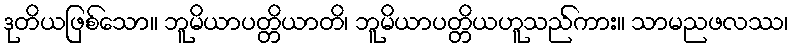
ဒုတိယဖြစ်သော။ ဘူမိယာပတ္တိယာတိ၊ ဘူမိယာပတ္တိယဟူသည်ကား။ သာမညဖလဿ၊